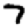
Digit: 7